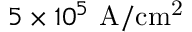
5 \times 1 0 ^ { 5 } ~ \mathrm { A / c m ^ { 2 } }